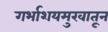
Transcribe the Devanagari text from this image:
गर्भाशयमुखातून